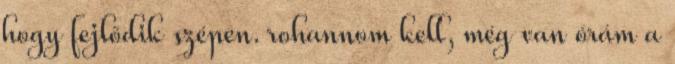
hogy fejlődik szépen. rohannom kell, még van órám a